Statistical return of the lunatic asylum in Assam - 1912-1932
Year: 1912
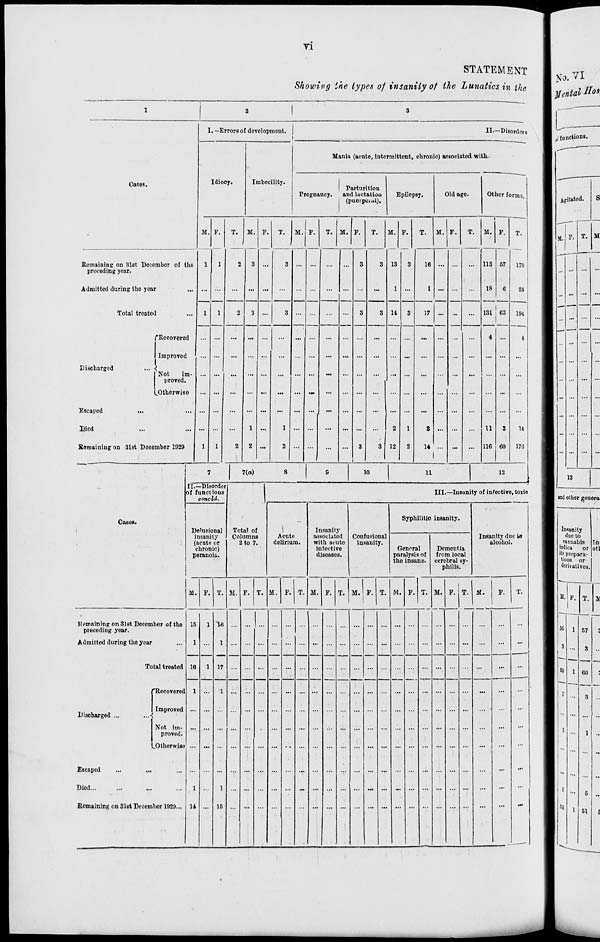
vi
STATEMENT
Showing the types of insanity of the Lunatics in the
1
I
2
1
3
I.—Errors of development. |
II.—Disorders
i
Idiocy.
Imbecility.
Mania (acute, intermittent, chronic) associated with
Cases.
Pregnancy.
Parturition
and luctaliou
| (puerperal).
Epilepsy.
Old age.
Other forra3.
•'
M. F.
1
1
1
T.
2
M.
3
F.
T. M. F.
T. M. F.
T.
M.
13
1
11
2
12
P.
3
T.
M. F.
T. M. F.
T.
170
24
194
4
14
176
Remaining on 31st December of the
preceding year.
Admitted during the year
...
1
1
1
3 ...
...
3
3
3
16
1
...
113
18
67
6
Total treated
2
3
3
3
3
17 ...
...
...
131 ' 63
1
Discharged
Escaped
Died
Remaining on 31st Doc<
^Recovered
Improved '
Not
im-
proved.
^Otherwise
jmber 1929
2
1
2
...
1
2
... •-
...
...
3
...
3
1
2
3
14
1
4
...
11
116
3
60
"■
7
7(a)
8
9
10
11
12
II.—Disorde
of functions
concld.
•
Total of
Columns
2 to 7.
III.—Insanity of infective, toxio
Cases.
i
Delusional
insanity
(acute or
chronic)
peranoia.
Acute
delirium.
Insanity
associated
with acute
infective
diseases.
Confusional
inbanity.
Syphilitic insanity.
Insanity due to
alcohol.
General
paralysis of
the insane.
Dementia
from local
cerebral sy-
philis.
M. F. T. M. F. T. M. F. T. M. F. T. M.
1
F. T. M. F. T. M.
j
F. I T. M
F.
T.
Remaining on Slst December of the
preceding year.
Admitted during the year
15
1
16
1
1
14
1
1
1(5
1
17
1
1
15
...
...
...
...
:
...
...
...
...
Total treated
Discharged ...
,.,-j
1
Escaped
...
...
Diod
Remaining on 31st Deccm
"Recovered
Improved
Not im-
proved.
.Otherwiso
ber 1929...
...
...
...
md other genera
Insanity
doe to
eannabia In
indica
or otl
its prepara-
tions or
derivatives.
^_
M.I p. T. 11